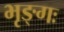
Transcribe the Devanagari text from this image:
भृङ्गः